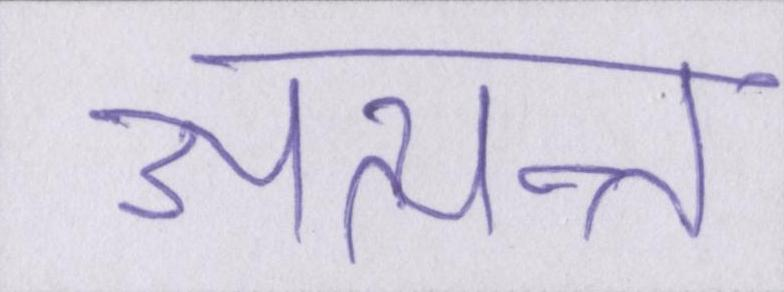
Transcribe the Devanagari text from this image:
अत्यन्त